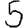
Digit: 5